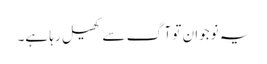
یہ نوجوان تو آگ سے کھیل رہا ہے۔